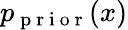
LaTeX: p_{\mathrm{~p~r~i~o~r~}}(x)